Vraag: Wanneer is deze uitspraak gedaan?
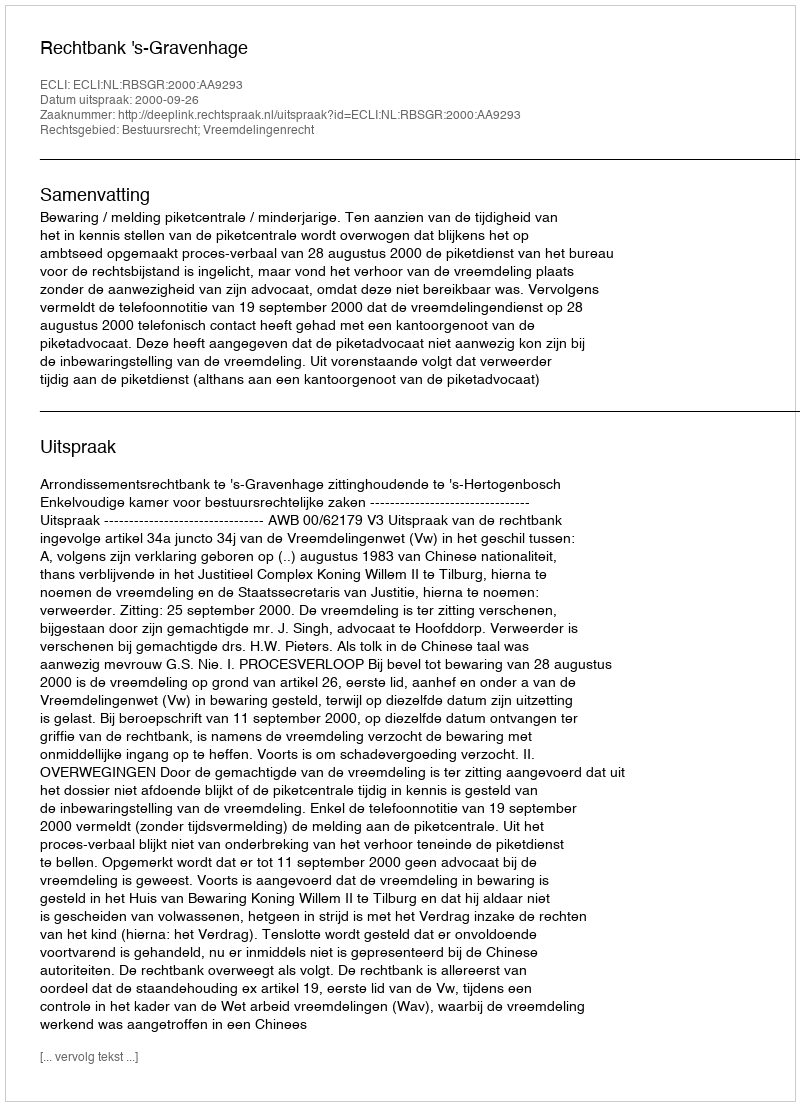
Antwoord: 2000-09-26